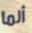
ألما